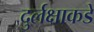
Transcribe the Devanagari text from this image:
दुर्लक्षाकडे